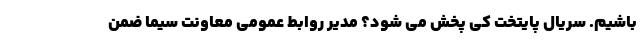
باشیم. سریال پایتخت کی پخش می شود؟ مدیر روابط عمومی معاونت سیما ضمن